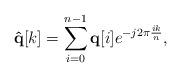
LaTeX: \begin{align*}{\bf \hat{q}}[k] = \sum\limits_{i=0}^{n-1}{\bf q}[i]e^{-j2\pi \frac{ik}{n}},\end{align*}